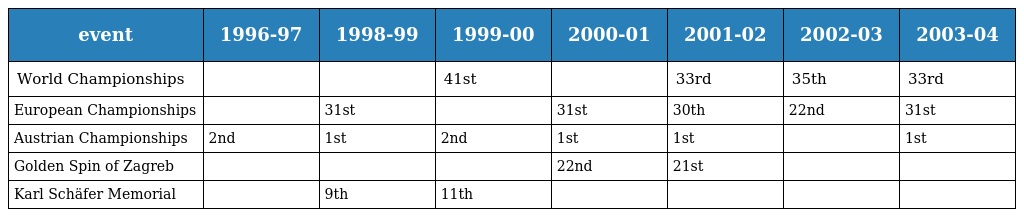
| event | 1996-97 | 1998-99 | 1999-00 | 2000-01 | 2001-02 | 2002-03 | 2003-04 |
 | --- | --- | --- | --- | --- | --- | --- | --- |
 | World Championships |  |  | 41st |  | 33rd | 35th | 33rd |
 | European Championships |  | 31st |  | 31st | 30th | 22nd | 31st |
 | Austrian Championships | 2nd | 1st | 2nd | 1st | 1st |  | 1st |
 | Golden Spin of Zagreb |  |  |  | 22nd | 21st |  |  |
 | Karl Schäfer Memorial |  | 9th | 11th |  |  |  |  |